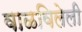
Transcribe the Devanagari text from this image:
वाळविलेली